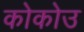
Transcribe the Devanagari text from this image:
कोकोउ